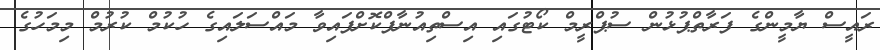
ރައީސް ޔާމީންގެ ފަރާތްޕުޅުން ސުޕްރީމް ކޯޓުގައި އިސްތިއުނާފްކޮށްފައިވާ މައްސަލައިގެ ހުކުމް ކުރުމް މިމަހުގެ